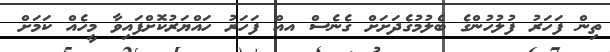
ތިން ފަހަރު ފުލުހުންގެ ބެލުމުގެދަށަށް ގެނެސް އއް ފަހަރު ހައްޔަރުކޮށްފައިވާ މީހެއް ކަމަށް